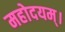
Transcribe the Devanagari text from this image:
महोदयम्।